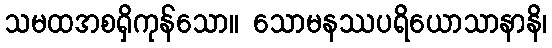
သမထအစရှိကုန်သော။ သောမနဿပရိယောသာနာနိ၊